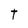
Character: T